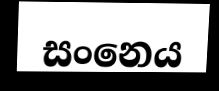
සංනෙය